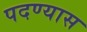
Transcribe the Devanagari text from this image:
पदण्यास